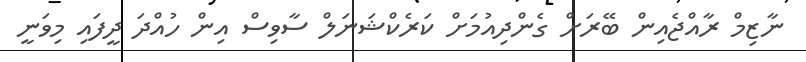
ނާޒިމް ރާއްޖެއިން ބޭރަށް ގެންދިއުމަށް ކަރެކްޝަނަލް ސާވިސް އިން ހުއްދަ ދީފައި މިވަނީ